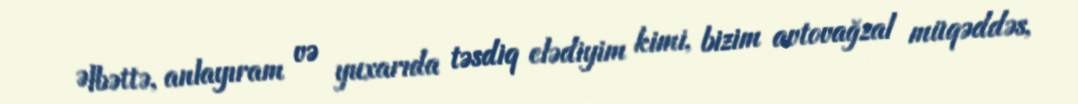
Əlbəttə, anlayıram və yuxarıda təsdiq elədiyim kimi, bizim avtovağzal müqəddəs,